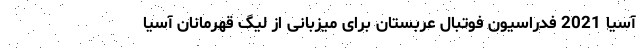
آسیا 2021 فدراسیون فوتبال عربستان برای میزبانی از لیگ قهرمانان آسیا